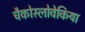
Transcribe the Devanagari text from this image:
चैकोस्लोवेकिया